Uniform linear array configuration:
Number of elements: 24
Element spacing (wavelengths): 0.5
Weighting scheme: blackman
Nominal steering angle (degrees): -60
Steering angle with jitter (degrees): -61.124
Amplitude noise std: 0.05
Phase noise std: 0.05

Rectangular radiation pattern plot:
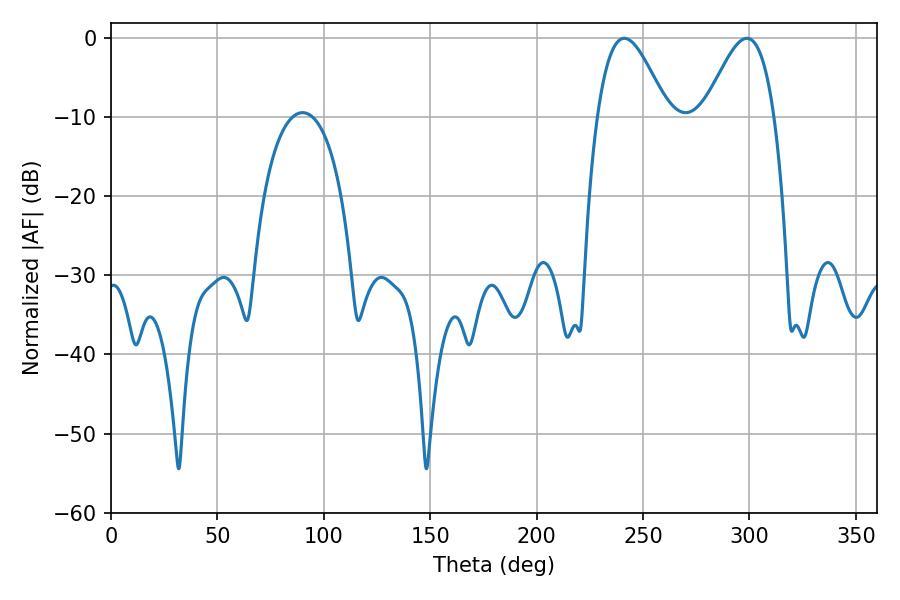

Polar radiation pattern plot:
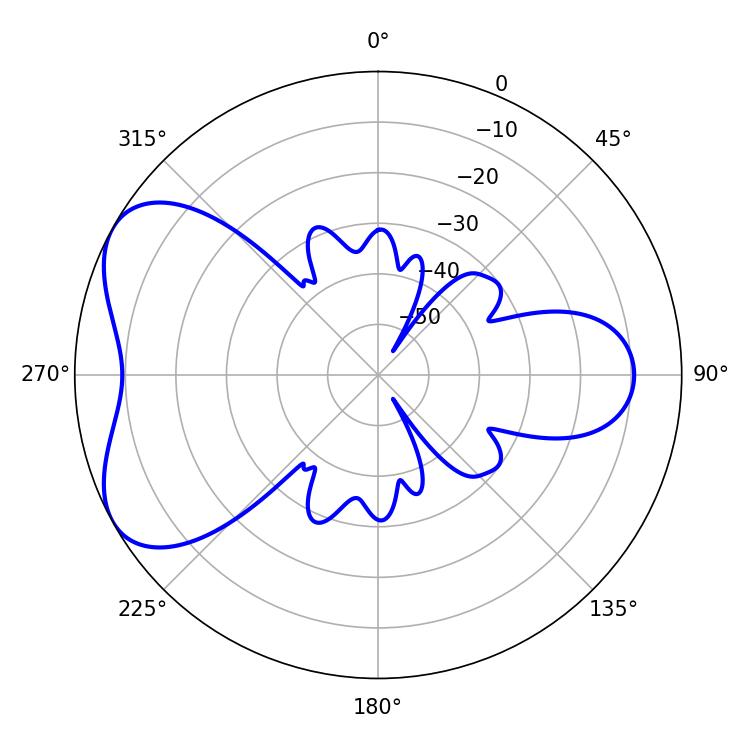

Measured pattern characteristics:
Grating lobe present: FALSE
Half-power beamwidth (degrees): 17.64
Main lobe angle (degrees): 241.2